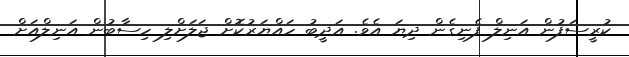
ކުރީސަފުން އަނިލް ފެނިގެން ދިޔަ އެވެ. އަދީބު ހައްޔަރުކޮށް ޖަލަށްލި ހިސާބުން އަނިލްއަށް